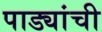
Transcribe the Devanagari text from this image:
पाड्यांची